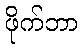
ဖိုက်ဘာ